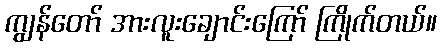
ကျွန်တော် အားလူးချောင်းကြော် ကြိုက်တယ်။